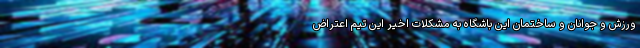
ورزش و جوانان و ساختمان این باشگاه به مشکلات اخیر این تیم اعتراض